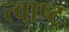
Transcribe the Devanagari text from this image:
त्वाष्ट्र